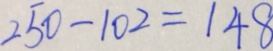
2 5 0 - 1 0 2 = 1 4 8